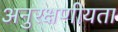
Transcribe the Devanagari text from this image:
अनुरक्षणीयता